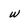
Character: w